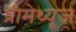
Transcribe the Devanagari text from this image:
प्रीमेथ्यूज